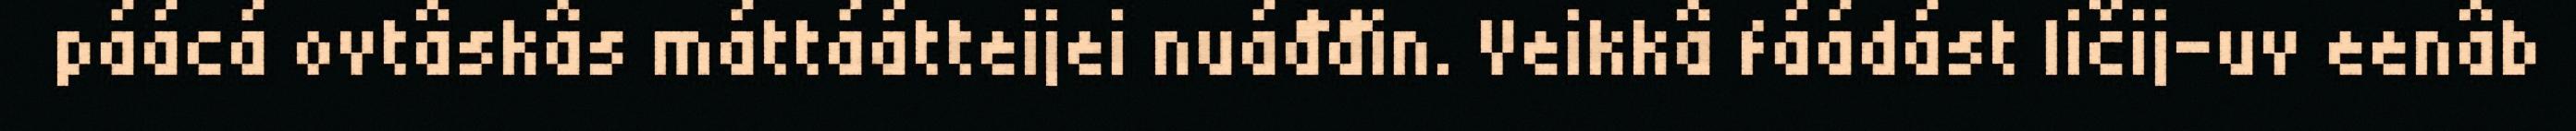
páácá ovtâskâs máttáátteijei nuáđđin. Veikkâ fáádást ličij-uv eenâb